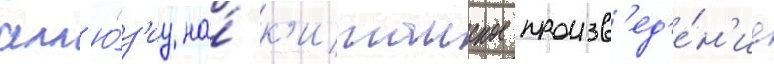
алл'ю́з'иу на́ к'итаиское произв'ед'е́н'ие